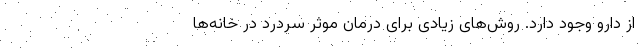
از دارو وجود دارد. روش‌های زیادی برای درمان موثر سردرد در خانه‌ها